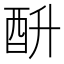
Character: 𰼄